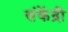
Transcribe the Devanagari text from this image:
संकेंद्री